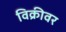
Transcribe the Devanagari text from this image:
विक्रीवर